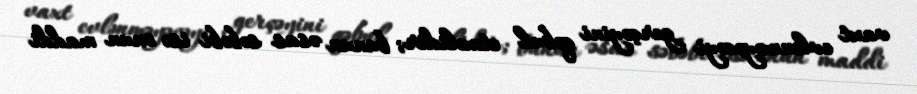
vaxt evlənməyəcəyi gerçəyini qəbul etməlidir; bunun əsas səbəbi isə onun maddi